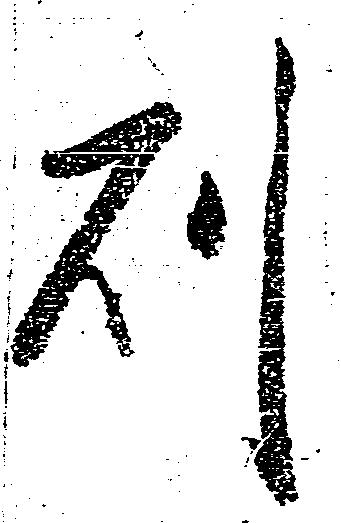
則